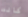
كانت